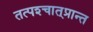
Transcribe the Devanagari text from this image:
तत्पश्‍चात्‌प्रान्त